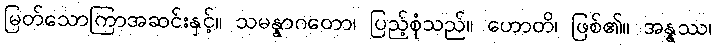
မြတ်သောကြာအဆင်းနှင့်။ သမန္နာဂတော၊ ပြည့်စုံသည်။ ဟောတိ၊ ဖြစ်၏။ အန္နဿ၊